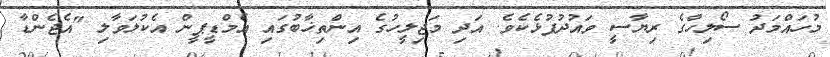
މުހައްމަދު ސޯލިހްގެ ރިޔާސީ ވައުދުފުޅެކެވެ. އަދި މަޖިލީހުގެ އިންތިޚާބުގައި އެމްޑީޕީން އެކުލަވާލި "އެޖެންޑާ